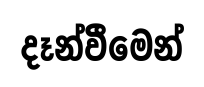
දෑන්වීමෙන්